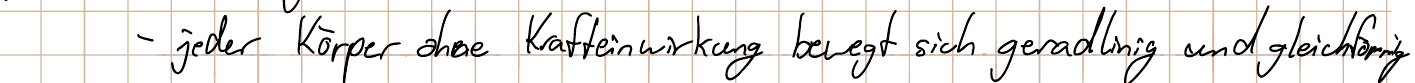
- jeder Körper ohne Krafteinwirkung bewegt sich geradlinig und gleichförmig